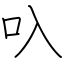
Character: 叺